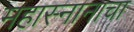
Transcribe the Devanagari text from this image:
महास्नानाचा